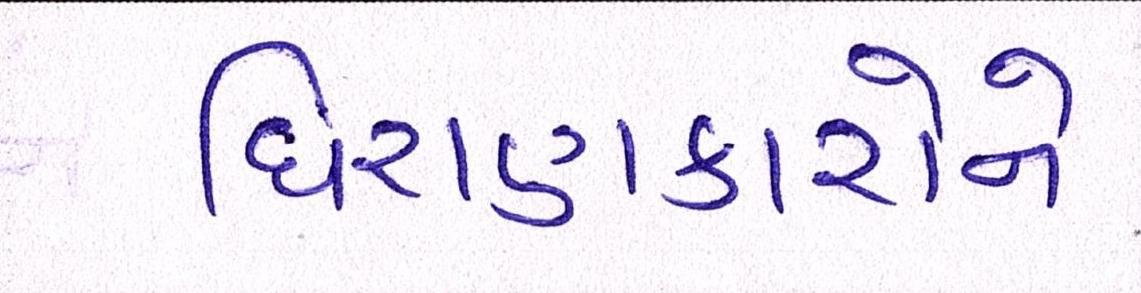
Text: ધિરાણકારોને